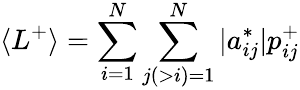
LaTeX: \langle L^{+}\rangle=\sum_{i=1}^{N}\sum_{j(>i)=1}^{N}|a_{ij}^{*}|p_{ij}^{+}